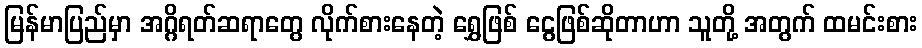
မြန်မာပြည်မှာ အဂ္ဂိရတ်ဆရာတွေ လိုက်စားနေတဲ့ ရွှေဖြစ် ငွေဖြစ်ဆိုတာဟာ သူတို့ အတွက် ထမင်းစား